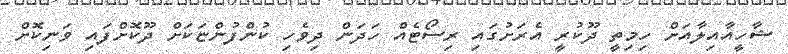
ޝާހީއާއިލާއަށް ހިމިތީ ދޫކުރީ އެރަށުގައި ރިސޯޓެއް ހަދަން ދިވެހި ކުންފުންޏަކަށް ދޫކޮށްފައި ވަނިކޮށް